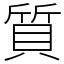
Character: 質